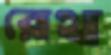
রেথ